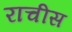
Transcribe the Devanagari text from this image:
राचीस